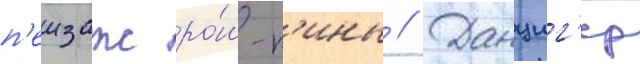
п'еизаж ро́ш-п'ины // Данциг'ер